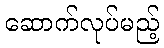
ဆောက်လုပ်မည့်